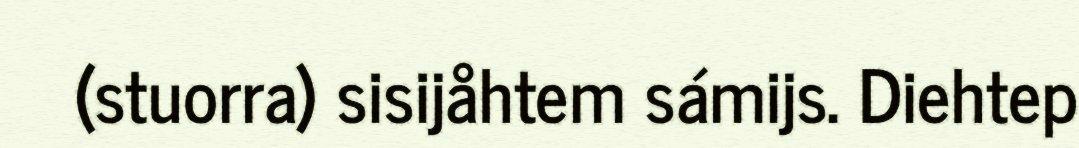
(stuorra) sisijåhtem sámijs. Diehtep